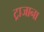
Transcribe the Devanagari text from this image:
ट्राजाना